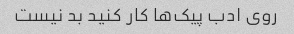
روی ادب پیک‌ها کار کنید بد نیست